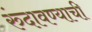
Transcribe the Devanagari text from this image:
रुंदावण्याची